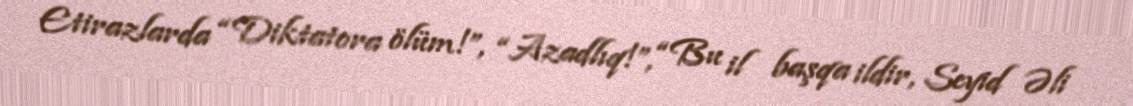
Etirazlarda “Diktatora ölüm!”, “Azadlıq!”, “Bu il başqa ildir, Seyid Əli